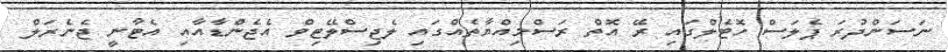
ނަސަންދުރަ ޕެލަސް ހޮޓެލްގައި ރޭ އޮތް ރަސްމިއްޔާތެއްގައި ލެޖިސްލޭޓިވް އެޖެންޑާއާއި އެޓާނީ ޖެނެރަލް